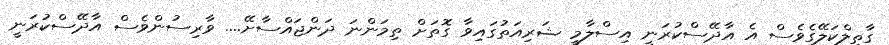
ގާތިލްކަލޭގެވެސް އެ އާދޭސްކުރަނީ އިސްލާމީ ޝަރިއަތުގައިވާ ގޮތަށް ތިމަންނަ ދަންޖައްސާށޭ.... ވާރިސުންވެސް އާދޭސްކުރަނީ